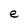
Character: e